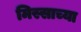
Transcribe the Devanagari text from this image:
मिस्साच्या